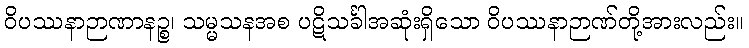
ဝိပဿနာဉာဏာနဉ္စ၊ သမ္မသနအစ ပဋိသင်္ခါအဆုံးရှိသော ဝိပဿနာဉာဏ်တို့အားလည်း။